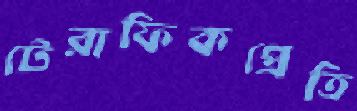
টেরাফিকপ্রেতি